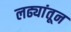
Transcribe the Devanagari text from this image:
लढ्यांतून